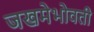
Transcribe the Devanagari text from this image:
जखमेभोवती